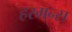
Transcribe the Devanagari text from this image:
हरमन्स